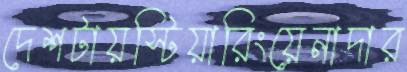
দেশটায়স্টিয়ারিংয়েনাদার